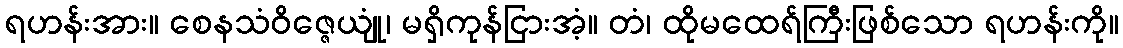
ရဟန်းအား။ စေနသံဝိဇ္ဇေယျုံ၊ မရှိကုန်ငြားအံ့။ တံ၊ ထိုမထေရ်ကြီးဖြစ်သော ရဟန်းကို။